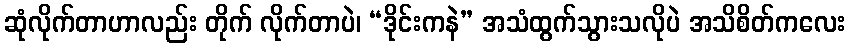
ဆုံလိုက်တာဟာလည်း တိုက် လိုက်တာပဲ၊ “ဒိုင်းကနဲ” အသံထွက်သွားသလိုပဲ အသိစိတ်ကလေး